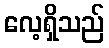
လေ့ရှိသည်